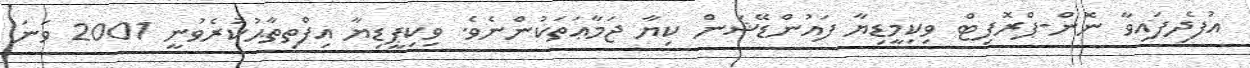
އުފެދިފައިވާ ނޮން-ޕްރޮފިޓް ވިކިމީޑިޔާ ފައުންޑޭޝަން ކިޔާ ޖަމާޢަތަކުންނެވެ. ވިކިޕީޑިޔާ އިފްތިތާޙުކުރެވުނީ 2001 ވަނަ